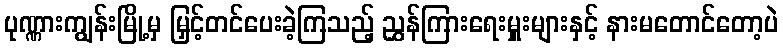
ပုဏ္ဏားကျွန်းမြို့မှ မြှင့်တင်ပေးခဲ့ကြသည့် ညွှန်ကြားရေးမှူးများနှင့် နားမတောင်တော့ပဲ